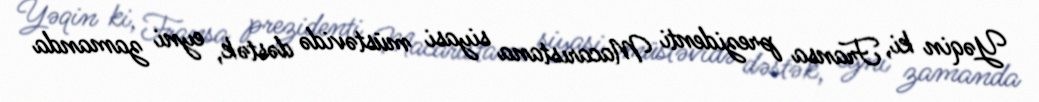
Yəqin ki, Fransa prezidenti Macarıstana siyasi müstəvidə dəstək, eyni zamanda